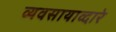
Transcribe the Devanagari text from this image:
व्यवसायाव्दारे